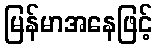
မြန်မာအနေဖြင့်